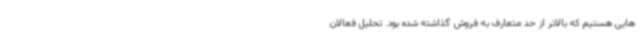
هایی هستیم که بالاتر از حد متعارف به فروش گذاشته شده بود. تحلیل فعالان